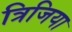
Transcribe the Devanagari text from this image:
त्रिजिया